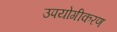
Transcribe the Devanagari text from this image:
उपयोगीकरण